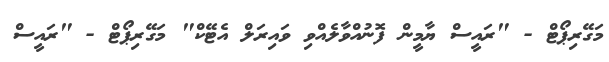
މަގޭރިޕޯޓް - "ރައީސް ޔާމީން ފޮނުއްވާލެއްވި ވައިރަލް އެޓޭކް" މަގޭރިޕޯޓް - "ރައީސް